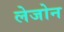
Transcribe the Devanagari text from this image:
लेजोन